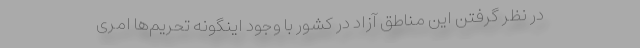
در نظر گرفتن این مناطق آزاد در کشور با وجود اینگونه تحریم‌ها امری